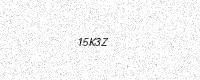
Text: 15K3Z